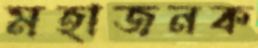
মহাজনক